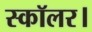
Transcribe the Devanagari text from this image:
स्कॉलर।